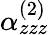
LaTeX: \alpha_{zzz}^{(2)}